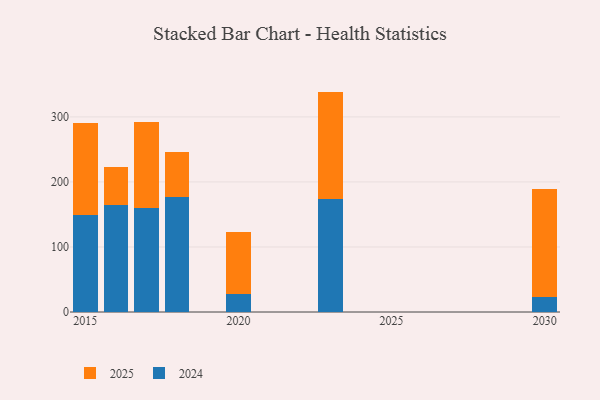
{"axis": {"x": "Year", "y": "Budget (USD K)"}, "legend": ["2024", "2025"], "data": [{"x": "2015", "y": 148.7, "type": "2024"}, {"x": "2015", "y": 142.3, "type": "2025"}, {"x": "2020", "y": 28.4, "type": "2024"}, {"x": "2020", "y": 94.5, "type": "2025"}, {"x": "2023", "y": 173.9, "type": "2024"}, {"x": "2023", "y": 165.0, "type": "2025"}, {"x": "2018", "y": 177.1, "type": "2024"}, {"x": "2018", "y": 68.3, "type": "2025"}, {"x": "2017", "y": 160.4, "type": "2024"}, {"x": "2017", "y": 132.1, "type": "2025"}, {"x": "2016", "y": 164.0, "type": "2024"}, {"x": "2016", "y": 58.6, "type": "2025"}, {"x": "2030", "y": 22.6, "type": "2024"}, {"x": "2030", "y": 166.2, "type": "2025"}]}